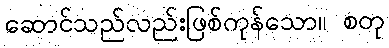
ဆောင်သည်လည်းဖြစ်ကုန်သော။ စတု